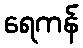
ရေကန်